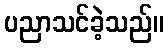
ပညာသင်ခဲ့သည်။